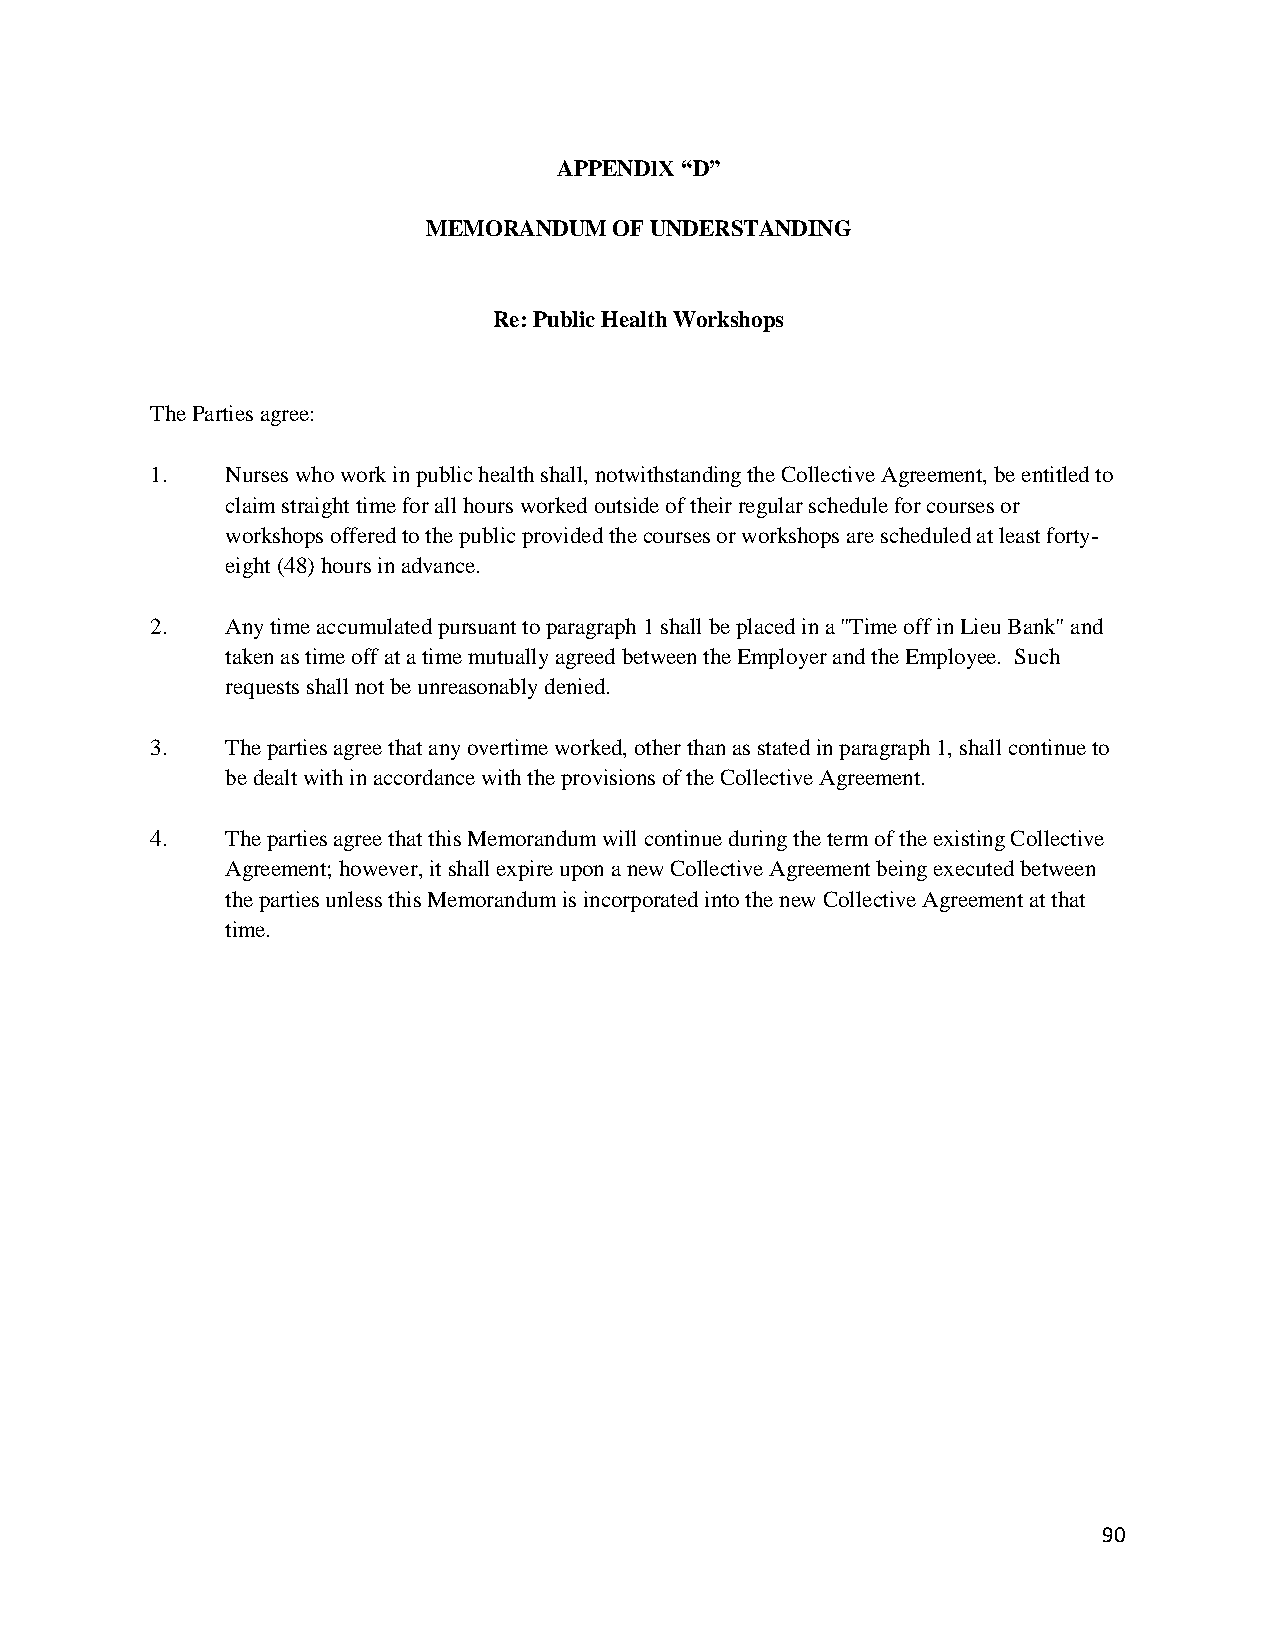
APPENDIX “D”
 MEMORANDUM   OF UNDERSTANDING
 Re: Public Health Workshops
 The Parties agree:
 1.   Nurses who work in public health shall, notwithstanding the Collective Agreement, be entitled to
 claim straight time for all hours worked outside of their regular schedule for courses or
 workshops offered to the public provided the courses or workshops are scheduled at least forty-
 eight (48) hours in advance.
 2.   Any time accumulated pursuant to paragraph 1 shall be placed in a "Time off in Lieu Bank" and
 taken as time off at a time mutually agreed between the Employer and the Employee. Such
 requests shall not be unreasonably denied.
 3.   The parties agree that any overtime worked, other than as stated in paragraph 1, shall continue to
 be dealt with in accordance with the provisions of the Collective Agreement.
 4.   The parties agree that this Memorandum will continue during the term of the existing Collective
 Agreement; however, it shall expire upon a new Collective Agreement being executed between
 the parties unless this Memorandum is incorporated into the new Collective Agreement at that
 time.
 90